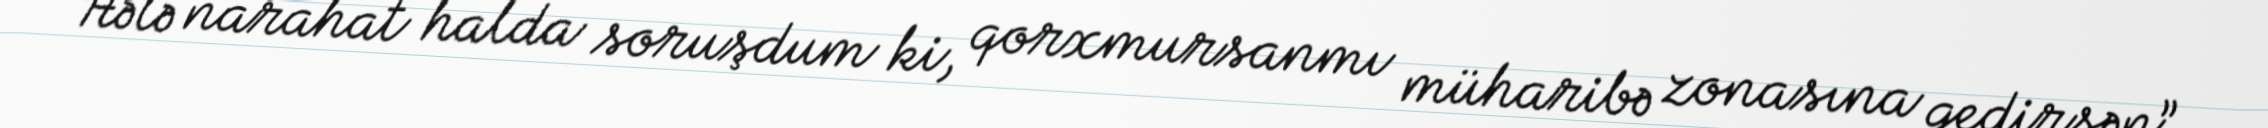
Hələ narahat halda soruşdum ki, qorxmursanmı müharibə zonasına gedirsən”.